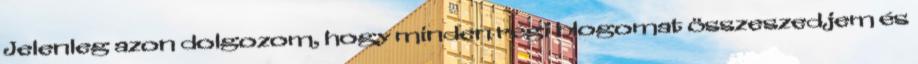
Jelenleg azon dolgozom, hogy minden régi blogomat összeszedjem és